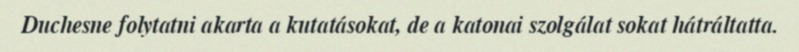
Duchesne folytatni akarta a kutatásokat, de a katonai szolgálat sokat hátráltatta.